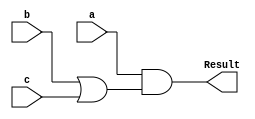
module dependence_1 (
    // this is a test
    input a, b, c,
    // a test
    output Result       // balabalabala for result
);

    // a & b | ((b & c) & (b | c))
    // &=*, |=+               AB + BC(B+C)
    // Distribute             AB + BBC + BCC
    // Simplify AA = A        AB + BC + BC
    // Simplify A + A = A     AB + BC
    // Factor                 B(A+C)

    assign Result = a & (b | c);

endmodule